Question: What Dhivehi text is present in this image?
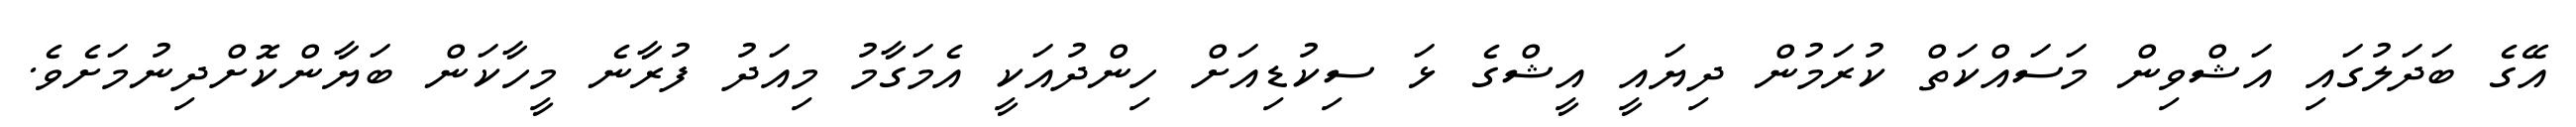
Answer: އޭގެ ބަދަލުގައި އަޝްވިން މަސައްކަތް ކުރަމުން ދިޔައީ އީޝްގެ ޅަ ސިކުޑިއަށް ހިންދުއަކީ އެމަގާމު މިއަދު ފުރާނެ މީހާކަން ބަޔާންކޮށްދިނުމަށެވެ.